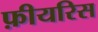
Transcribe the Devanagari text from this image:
फ़ीयरिस